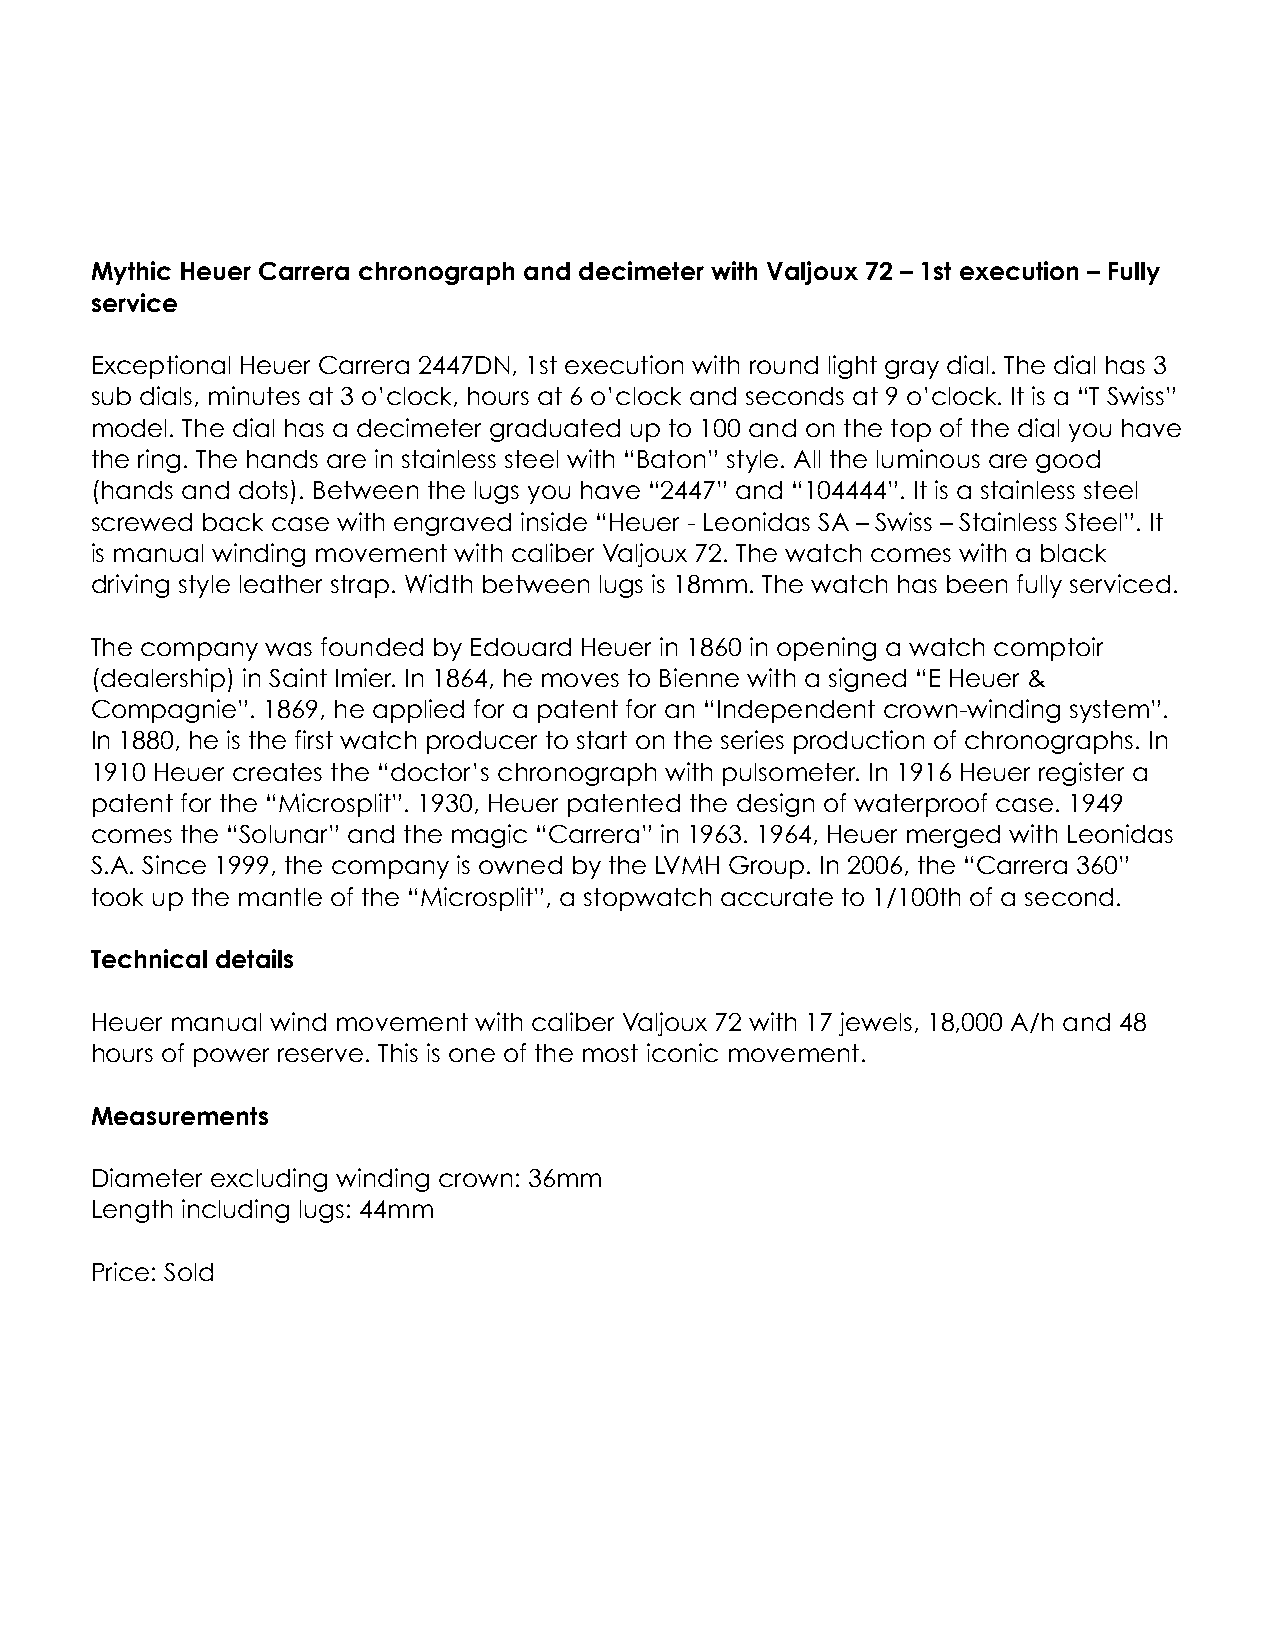
Mythic Heuer Carrera chronograph and decimeter with Valjoux 72 – 1st execution – Fully
 service
 Exceptional Heuer Carrera 2447DN, 1st execution with round light gray dial. The dial has 3
 sub dials, minutes at 3 o’clock, hours at 6 o’clock and seconds at 9 o’clock. It is a “T Swiss”
 model. The dial has a decimeter graduated up to 100 and on the top of the dial you have
 the ring. The hands are in stainless steel with “Baton” style. All the luminous are good
 (hands and dots). Between the lugs you have “2447” and “104444”. It is a stainless steel
 screwed back case with engraved inside “Heuer - Leonidas SA – Swiss – Stainless Steel”. It
 is manual winding movement with caliber Valjoux 72. The watch comes with a black
 driving style leather strap. Width between lugs is 18mm. The watch has been fully serviced.
 The company was founded by Edouard Heuer in 1860 in opening a watch comptoir
 (dealership) in Saint Imier. In 1864, he moves to Bienne with a signed “E Heuer &
 Compagnie”. 1869, he applied for a patent for an “Independent crown-winding system”.
 In 1880, he is the first watch producer to start on the series production of chronographs. In
 1910 Heuer creates the “doctor’s chronograph with pulsometer. In 1916 Heuer register a
 patent for the “Microsplit”. 1930, Heuer patented the design of waterproof case. 1949
 comes the “Solunar” and the magic “Carrera” in 1963. 1964, Heuer merged with Leonidas
 S.A. Since 1999, the company is owned by the LVMH Group. In 2006, the “Carrera 360”
 took up the mantle of the “Microsplit”, a stopwatch accurate to 1/100th of a second.
 Technical details
 Heuer manual wind movement with caliber Valjoux 72 with 17 jewels, 18,000 A/h and 48
 hours of power reserve. This is one of the most iconic movement.
 Measurements
 Diameter excluding winding crown: 36mm
 Length including lugs: 44mm
 Price: Sold